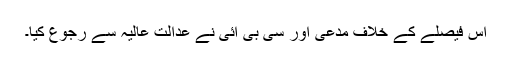
اس فیصلے کے خلاف مدعی اور سی بی آئی نے عدالت عالیہ سے رجوع کیا۔